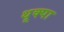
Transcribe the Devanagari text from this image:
थूक्‍पा